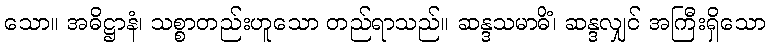
သော။ အဓိဋ္ဌာနံ၊ သစ္စာတည်းဟူသော တည်ရာသည်။ ဆန္ဒသမာဓိံ၊ ဆန္ဒလျှင် အကြီးရှိသော